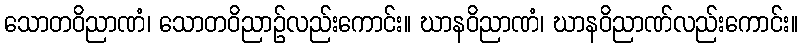
သောတဝိညာဏံ၊ သောတဝိညာဉ်လည်းကောင်း။ ဃာနဝိညာဏံ၊ ဃာနဝိညာဏ်လည်းကောင်း။